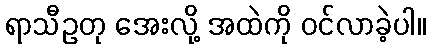
ရာသီဥတု အေးလို့ အထဲကို ဝင်လာခဲ့ပါ။